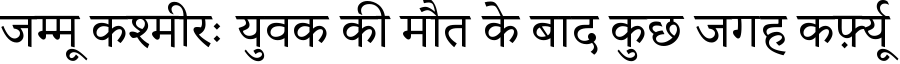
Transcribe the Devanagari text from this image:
जम्मू कश्मीरः युवक की मौत के बाद कुछ जगह कर्फ़्यू